Sanitation, dispensaries and jails vaccination Rajputana 1922-1927 - 1922-1927
Year: 1922
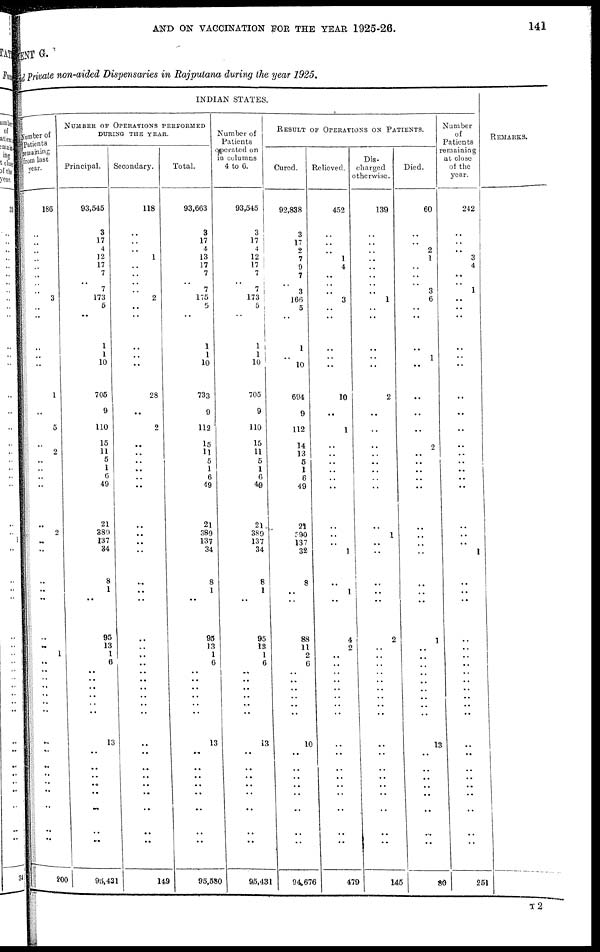
AND ON VACCINATION FOR THE YEAR 1925-26.
141
MENT G.
and Private non-aided Dispensaries in Rajputana during the year 1925.
INDIAN STATES.
Number of
Patients
remaining
from last
year.
186
..
..
..
..
..
..
.. ..
3
..
..
..
..
..
1
..
5
..
2
..
..
..
..
..
2
..
..
..
..
..
..
..
1
..
..
..
..
..
..
..
..
..
..
..
..
..
..
..
..
200
NUMBER OF OPERATIONS PERFORMED
DURING THE YEAR.
Principal.
93,545
3
17
4
12
17
7
.. 7
173
5
..
1
1
10
705
9
110
15
11
5
1
6
49
21
389
137
34
8
1
..
95
13
1
6
..
..
..
..
..
..
13
..
..
..
..
..
..
..
..
95,431
Secondary.
118
..
..
..
1
..
..
..
..
2
..
..
..
..
..
28
..
2
..
..
..
..
..
..
..
..
..
..
..
..
..
..
..
..
..
..
..
..
..
..
..
..
..
..
..
..
..
..
..
..
149
Total.
93,663
3
17
4
13
17
7
..
7
175
5
..
1
1
10
733
9
112
15
11 5
1
6
49
21
389
137
34
8
1
..
95
13
1
6
..
..
..
..
..
..
13
..
..
..
..
..
..
..
..
95,580
Number of
Patients
operated on
in columns
4 to 6.
93,545
3
17
4
12
17
7
..
7
173
5
..
1
1
10
705
9
110
15
11
5
1
6
49
21
389
137
34
8
1
..
95
13
1
6
..
..
..
..
..
..
13
..
..
..
..
..
..
..
..
95,431
RESULT OF OPERATIONS ON PATIENTS.
Cured.
92,838
3
17
2
7
9
7
.. 3
166
5
..
1
..
10
694
9
112
14
13
5
1
6
49
21
390
137
32
8
..
..
88
11
2
6
..
..
..
..
..
..
10
..
..
..
..
..
..
..
..
94,676
Relieved.
452
..
..
..
1
4
..
..
..
3
..
..
..
..
..
10
..
1
..
..
..
..
..
..
..
..
..
1
..
1
..
4
2
.. ..
..
..
..
..
.. ..
..
..
..
..
..
..
..
..
..
479
Dis-
charged
otherwise.
139
..
..
..
..
..
..
.. ..
1
..
..
..
..
..
2
..
..
..
..
..
..
..
..
..
1
..
..
..
..
..
2
..
..
..
..
..
..
..
..
..
..
..
..
..
..
..
..
..
..
145
Died.
60
..
..
2
1
..
..
.. 3
6
..
..
..
1
..
..
..
..
2
..
..
..
..
..
..
..
..
..
..
..
..
1
..
..
..
..
..
..
..
..
..
13
..
..
..
..
..
..
..
..
80
Number
of
Patients
remaining
at close
of the
year.
242
..
..
..
3
4
..
.. 1
..
..
..
..
..
..
..
..
..
..
..
..
..
..
..
..
..
..
1
..
..
..
..
..
.. ..
..
..
..
..
..
..
..
..
..
..
..
..
..
..
..
251
REMARKS.
T 2